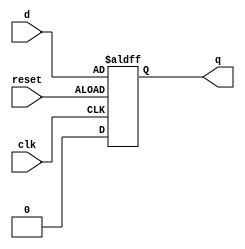
module DFF(clk, d, reset, q);
input d, clk, reset;
output reg q;

initial begin
	q <= 1'b0;
end

always@(posedge clk or negedge reset)
	if(reset)
 		q <= 1'b0;
	else
		q <= d;

endmodule